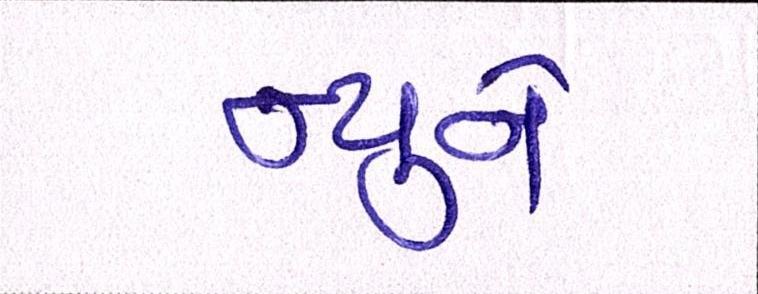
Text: હ્યુને